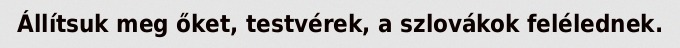
Állítsuk meg őket, testvérek, a szlovákok felélednek.